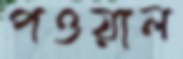
পওয়াল